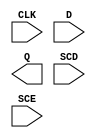
module sky130_fd_sc_hs__sdfxtp (
    CLK,
    D  ,
    Q  ,
    SCD,
    SCE
);

    input  CLK;
    input  D  ;
    output Q  ;
    input  SCD;
    input  SCE;

    // Voltage supply signals
    supply1 VPWR;
    supply0 VGND;

endmodule